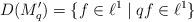
LaTeX: \begin{align*}D(M_{q}')=\{f\in\ell^{1}\;|\;qf\in\ell^{1}\}\end{align*}